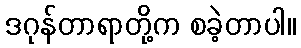
ဒဂုန်တာရာတို့က စခဲ့တာပါ။